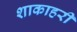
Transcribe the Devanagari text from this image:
शाकाहरी